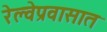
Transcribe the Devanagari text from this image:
रेल्वेप्रवासात